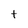
Character: t